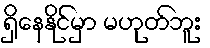
ရှိနေနိုင်မှာ မဟုတ်ဘူး